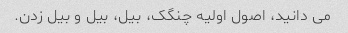
می دانید، اصول اولیه چنگک، بیل، بیل و بیل زدن.